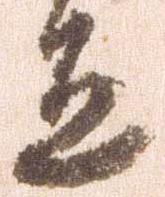
恐